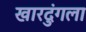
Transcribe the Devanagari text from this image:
खारदुंगला